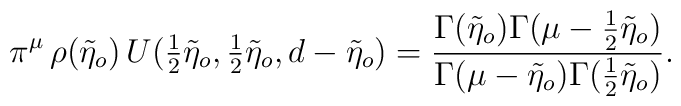
\pi^{\mu}\,\rho(\tilde{\eta}_{o})\,U({\textstyle{\frac{1}{2}}}\tilde{\eta}_{o},{\textstyle{\frac{1}{2}}}\tilde{\eta}_{o},d-\tilde{\eta}_{o})=\frac{\Gamma(\tilde{\eta}_{o})\Gamma(\mu-\frac{1}{2}\tilde{\eta}_{o})}{\Gamma(\mu-\tilde{\eta}_{o})\Gamma(\frac{1}{2}\tilde{\eta}_{o})}.